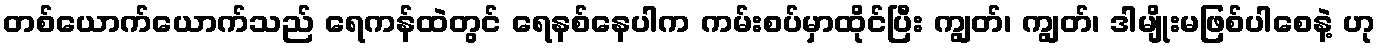
တစ်ယောက်ယောက်သည် ရေကန်ထဲတွင် ရေနစ်နေပါက ကမ်းစပ်မှာထိုင်ပြီး ကျွတ်၊ ကျွတ်၊ ဒါမျိုးမဖြစ်ပါစေနဲ့ ဟု